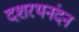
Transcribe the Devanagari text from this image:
दशरथनंदन